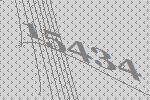
15434